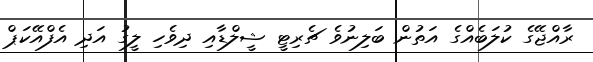
ރާއްޖޭގެ ކުލަބެއްގެ އަތުން ބަލިނުވެ ޗެރިޓީ ޝީލްޑާއި ދިވެހި ލީގު އަދި އެފްއޭކަޕް